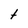
Character: t